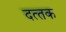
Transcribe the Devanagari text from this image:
दत्‍तक